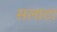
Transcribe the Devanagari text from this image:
सलाटा